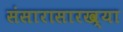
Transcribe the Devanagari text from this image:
संसारासारख्या